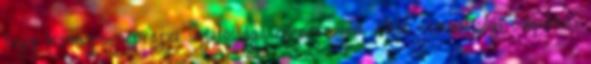
hogy bizonyos néprajzi sajátossága ellenére sem alkot nemzetiségi csoportot.